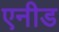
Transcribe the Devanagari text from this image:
एनीड